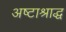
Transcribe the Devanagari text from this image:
अष्टाश्राद्ध